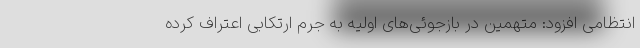
انتظامی افزود: متهمین در بازجوئی‌های اولیه به جرم ارتکابی اعتراف کرده